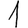
Digit: 1